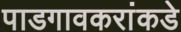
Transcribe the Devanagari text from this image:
पाडगावकरांकडे